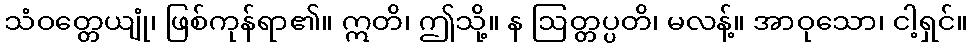
သံဝတ္တေယျုံ၊ ဖြစ်ကုန်ရာ၏။ ဣတိ၊ ဤသို့။ န ဩတ္တပ္ပတိ၊ မလန့်။ အာဝုသော၊ ငါ့ရှင်။